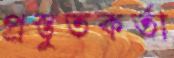
প্রস্তুতকর্তা